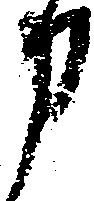
申